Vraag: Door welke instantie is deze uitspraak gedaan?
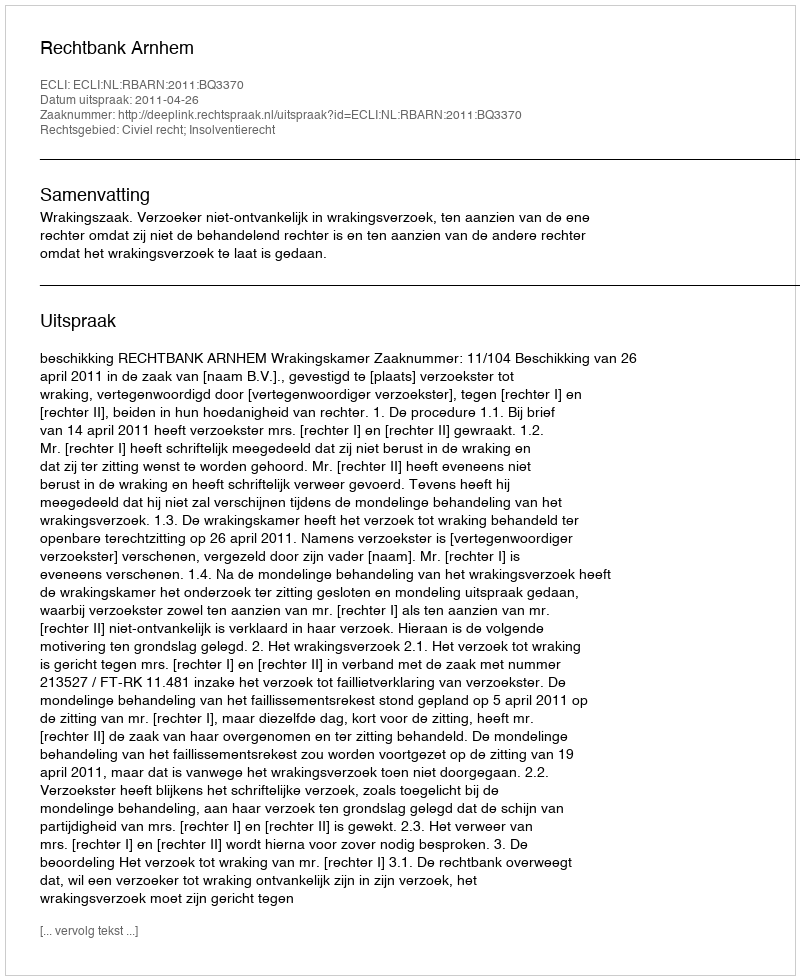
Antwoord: Rechtbank Arnhem